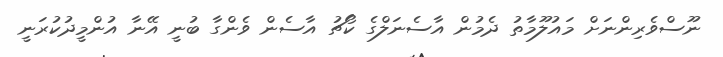
ނޫސްވެރިންނަށް މައުލޫމާތު ދެމުން އާސެނަލްގެ ކޯޗު އާސެން ވެންގާ ބުނީ އޭނާ އުންމީދުކުރަނީ